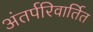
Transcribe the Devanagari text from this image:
अंतर्परिवार्तित